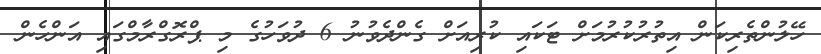
ހޭލުންތެރިކަން އިތުރުކުރުމަށް ޓަކައި ކުރިއަށް ގެންދެވުނު 6 ދުވަހުގެ މި ޕްރޮގްރާމްގައި އަންހެން